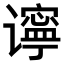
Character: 𫍾